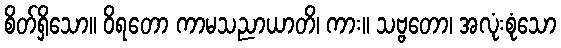
စိတ်ရှိသော။ ဝိရတော ကာမသညာယာတိ၊ ကား။ သဗ္ဗတော၊ အလုံးစုံသော